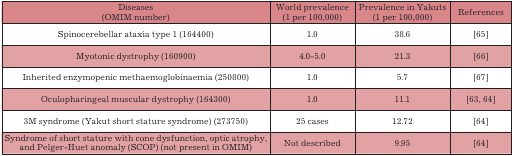
| Diseases(OMIM number) | World prevalence (1 per 100,000) | Prevalence in Yakuts (1 per 100,000) | References |
 | --- | --- | --- | --- |
 | Spinocerebellar ataxia type 1 (164400) | 1.0 | 38.6 | [65] |
 | Myotonic dystrophy (160900) | 4.0-5.0 | 21.3 | [66] |
 | Inherited enzymopenic methaemoglobinaemia (250800) | 1.0 | 5.7 | [67] |
 | Oculopharingeal muscular dystrophy (164300) | 1.0 | 11.1 | [63, 64] |
 | 3M syndrome (Yakut short stature syndrome) (273750) | 25 cases | 12.72 | [64] |
 | Syndrome of short stature with cone dysfunction, optic atrophy, and Pelger-Huet anomaly (SCOP) (not present in OMIM) | Not described | 9.95 | [64] |